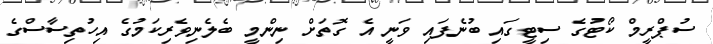
ސުޕްރީމް ކޯޓުގެ ސިޓީގައި ބުނެފައި ވަނީ އެ ގޮތަށް ނިންމީ ބެލެނިވެރިކަމުގެ އިހުތިސާސްގެ